Scientific memoirs by medical officers of the Army of India - Part XII,
Year: 1901
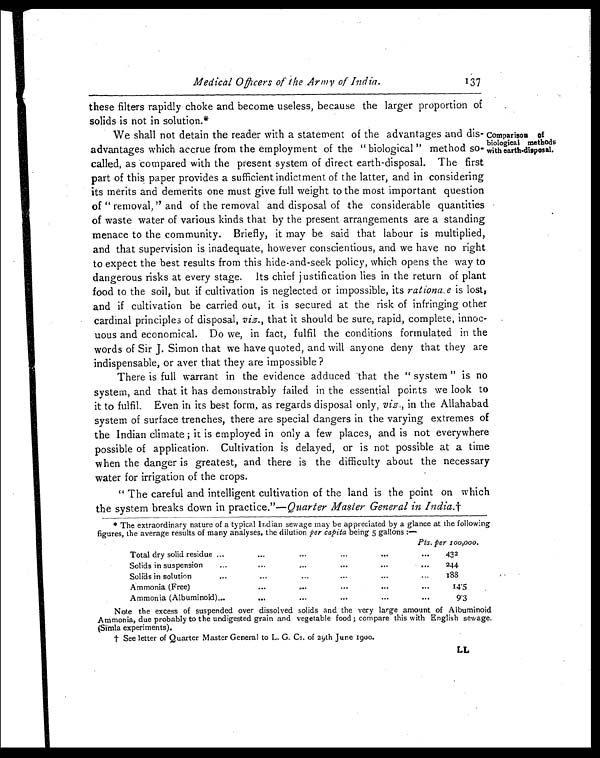
Medical Officers of the Army of India.
137
these filters rapidly choke and become useless, because the larger proportion of
solids is not in solution.*
Comparison of
biological methods
ith earth disposal.
We shall not detain the reader with a statement of the advantages and dis-
advantages which accrue from the employment of the " biological " method so-
called, as compared with the present system of direct earth-disposal. The first
part of this paper provides a sufficient indictment of the latter, and in considering
its merits and demerits one must give full weight to the most important question
of " removal," and of the removal and disposal of the considerable quantities
of waste water of various kinds that by the present arrangements are a standing
menace to the community. Briefly, it may be said that labour is multiplied,
and that supervision is inadequate, however conscientious, and we have no right
to expect the best results from this hide-and-seek policy, which opens the way to
dangerous risks at every stage. Its chief justification lies in the return of plant
food to the soil, but if cultivation is neglected or impossible, its rationa.e is lost,
and if cultivation be carried out, it is secured at the risk of infringing other
cardinal principles of disposal, viz. , that it should be sure, rapid, complete, innoc-
uous and economical. Do we, in fact, fulfil the conditions formulated in the
words of Sir J. Simon that we have quoted, and will anyone deny that they are
indispensable, or aver that they are impossible ?
There is full warrant in the evidence adduced 'that the " system " is no
system, and that it has demonstrably failed in the essential points we look to
it to fulfil. Even in its best form, as regards disposal only, viz. , in the Allahabad
system of surface trenches, there are special dangers in the varying extremes of
the Indian climate ; it is employed in only a few places, and is not everywhere
possible of application. Cultivation is delayed, or is not possible at a time
when the danger is greatest, and there is the difficulty about the necessary
water for irrigation of the crops.
" The careful and intelligent cultivation of the land is the point on which
the system breaks down in practice."— Quarter Master General in India. †
* The extraordinary nature of a typical Indian sewage may be appreciated by a glance at the following
figures, the average results of many analyses, the dilution per capita being 5 gallons :—
Pts. per 100,000.
Total dry solid residue ...
...
...
...
...
. . . 432
Solids in suspension
...
...
. . .
. . .
. . .
. . . 244
Solids in solution
...
...
...
...
...
... 188
Ammonia (Free)
...
... . . .
. . .
. . .
1 4 . 5
Ammonia (Albuminoid) ...
...
...
...
...
...
9 . 3
Note the excess of suspended over dissolved solids and the very large amount of Albuminoid
Ammonia, due probably to the undigested grain and vegetable food; compare this with English sewage.
(Simla experiments).
† See letter of Quarter Master General to L. G. Cs. of 29th June 1900.
LL